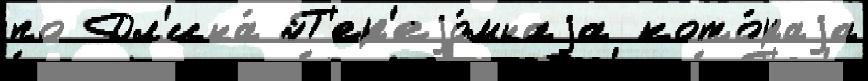
по Дл'ина́ П'ер'еjо́мнаjа кото́раjа